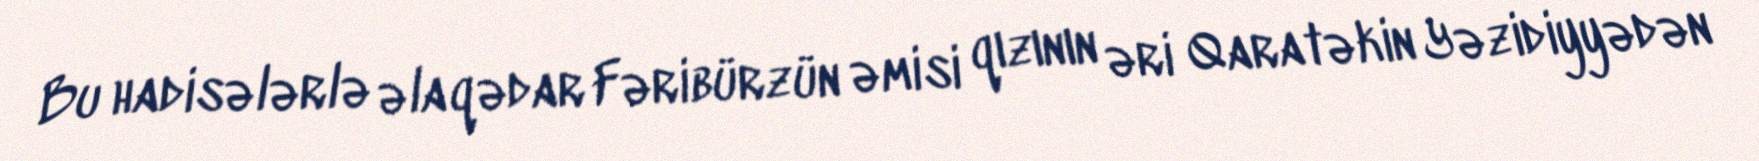
Bu hadisələrlə əlaqədar Fəribürzün əmisi qızının əri Qaratəkin Yəzidiyyədən